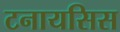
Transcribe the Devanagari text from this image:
टनायसिस